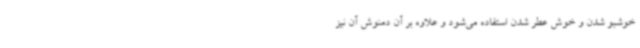
خوشبو شدن و خوش عطر شدن استفاده می‌شود و علاوه بر آن دمنوش آن نیز